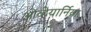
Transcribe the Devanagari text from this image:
ओव्हेयार्निया